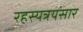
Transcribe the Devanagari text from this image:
रहस्यत्रयसार